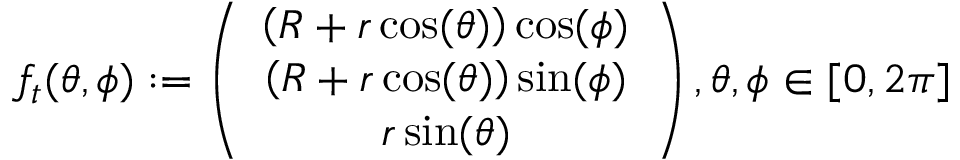
f _ { t } ( \theta , \phi ) : = \left( \begin{array} { c } { \left( R + r \cos ( \theta ) \right) \cos ( \phi ) } \\ { \left( R + r \cos ( \theta ) \right) \sin ( \phi ) } \\ { r \sin ( \theta ) } \end{array} \right) , \theta , \phi \in [ 0 , 2 \pi ]